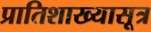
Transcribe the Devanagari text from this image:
प्रातिशाख्यासूत्र